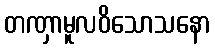
တဏှာမူလဝိသောသနော